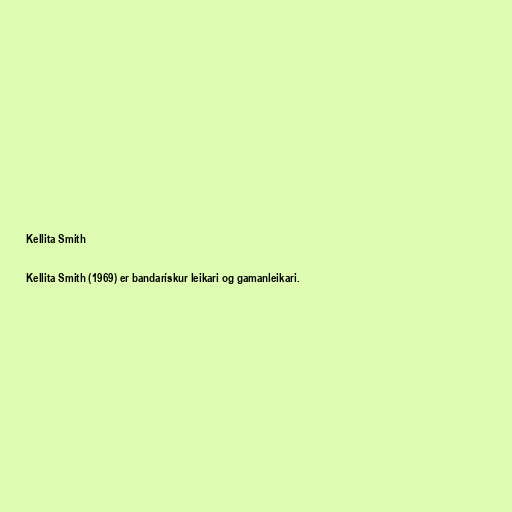
Kellita Smith

Kellita Smith (1969) er bandarískur leikari og gamanleikari.